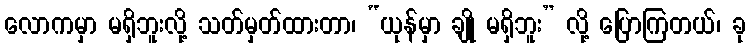
လောကမှာ မရှိဘူးလို့ သတ်မှတ်ထားတာ၊ “ယုန်မှာ ချို မရှိဘူး” လို့ ပြောကြတယ်၊ ခု